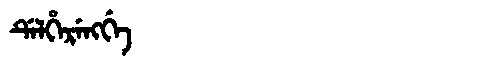
Manchu: ᡩᡝᠯᡥᡝᡵᡝᠩᡤᡝ
Romanization: DELHERENGGE